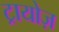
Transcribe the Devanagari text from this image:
ट्रायोज़